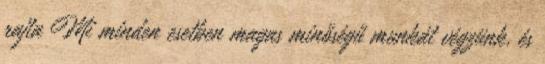
rajta Mi minden esetben magas minőségű munkát végzünk, és